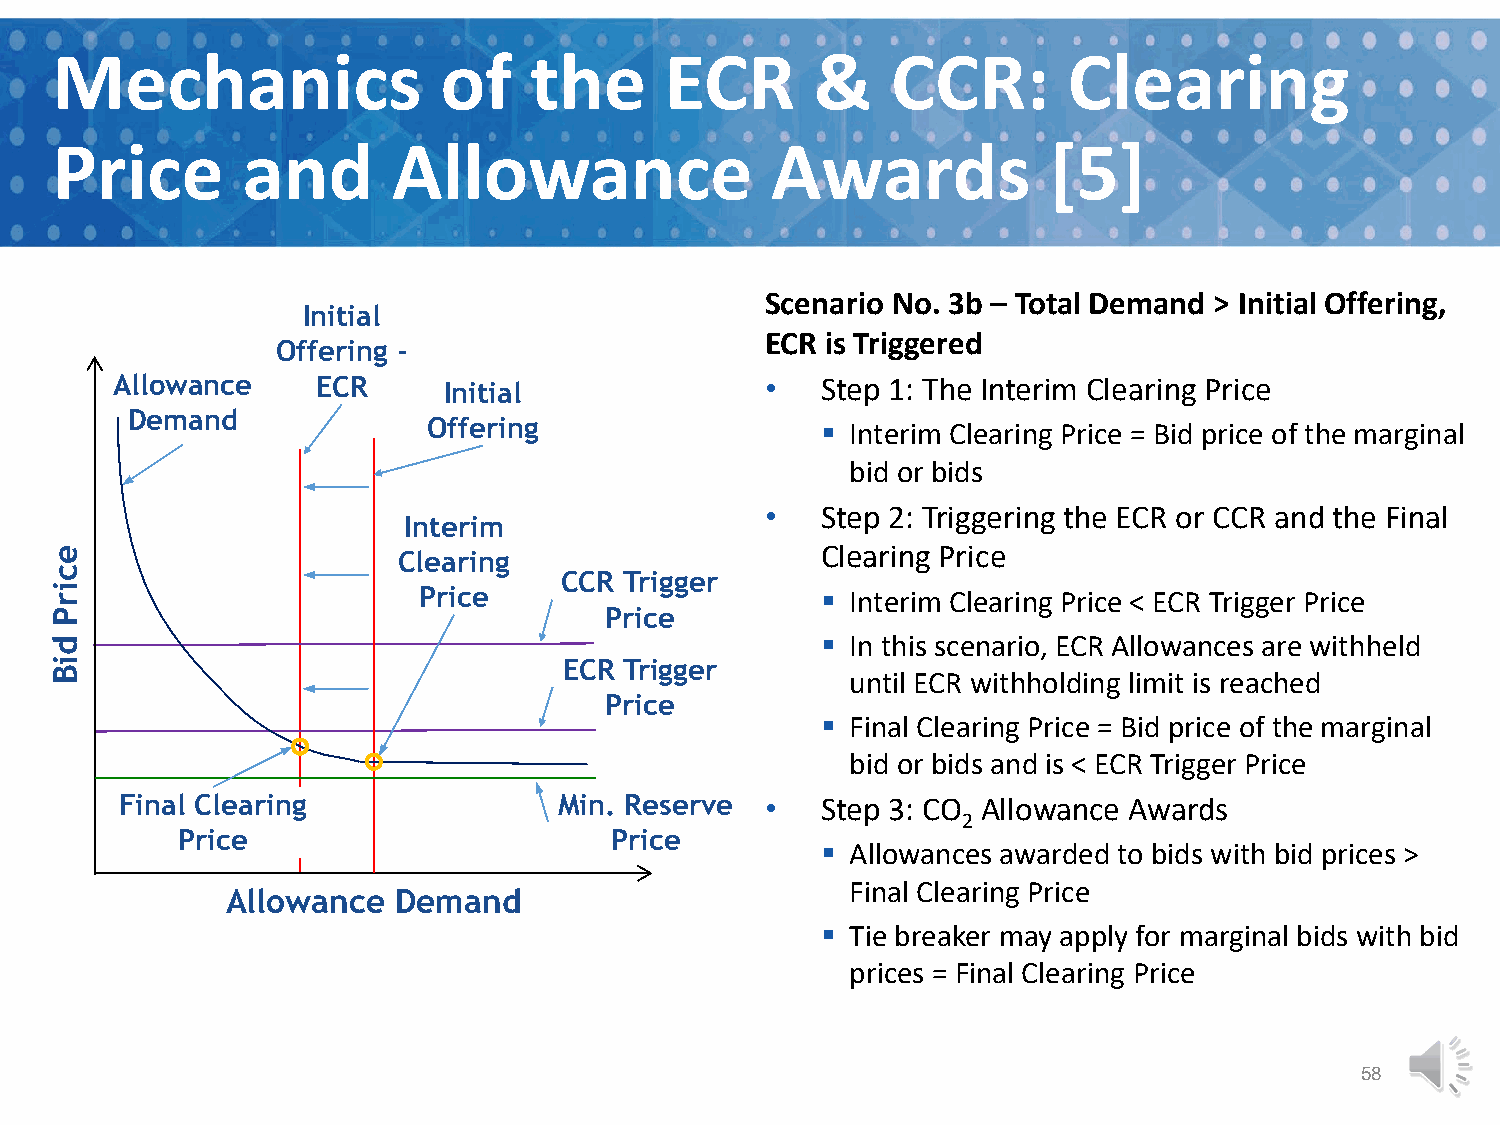
Mechanics                 of    the      ECR       &    CCR:        Clearing
 Price        and       Allowance                Awards            [5]
 Scenario No. 3b – Total Demand > Initial Offering,
 Initial
 ECR is Triggered
 Offering -
 Allowance     ECR     Initial               •  Step 1: The Interim Clearing Price
 Demand
 Offering                   Interim Clearing Price = Bid price of the marginal
 bid or bids
 •  Step 2: Triggering the ECR or CCR and the Final
 Interim
 Clearing                    Clearing Price
 CCR Trigger
 Price                      Interim Clearing Price < ECR Trigger Price
 Price
  In this scenario, ECR Allowances are withheld
 ECR Trigger
 until ECR withholding limit is reached
 Price
  Final Clearing Price = Bid price of the marginal
 bid or bids and is < ECR Trigger Price
 Final Clearing               Min. Reserve  •  Step 3: CO Allowance Awards
 2
 Price                       Price
  Allowances awarded to bids with bid prices >
 Final Clearing Price
 Allowance  Demand
  Tie breaker may apply for marginal bids with bid
 prices = Final Clearing Price
 58
 ecirP
 diB